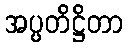
အပ္ပတိဋ္ဌိတာ